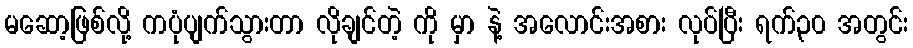
မဆော့ဖြစ်လို့ ကပုံပျက်သွားတာ လိုချင်တဲ့ ကို မှာ နဲ့ အလောင်းအစား လုပ်ပြီး ရက်၃၀ အတွင်း